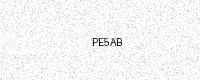
Text: PE5AB